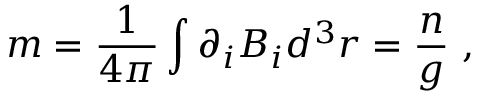
m = \frac { 1 } { 4 \pi } \int { \partial _ { i } B _ { i } d ^ { 3 } r } = \frac { n } { g } \ ,